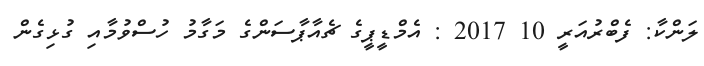
ލަންކާ: ފެެބްރުއަރީ 10 2017 : އެމްޑީޕީގެ ޗެއާޕާސަންގެ މަގާމު ހުސްވުމާއި ގުޅިގެން